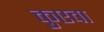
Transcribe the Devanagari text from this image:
कुएवा